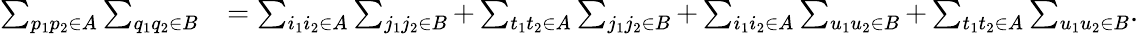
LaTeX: \begin{array}{rl}{\sum_{p_{1}p_{2}\in A}\sum_{q_{1}q_{2}\in B}}&{=\sum_{i_{1}i_{2}\in A}\sum_{j_{1}j_{2}\in B}+\sum_{t_{1}t_{2}\in A}\sum_{j_{1}j_{2}\in B}+\sum_{i_{1}i_{2}\in A}\sum_{u_{1}u_{2}\in B}+\sum_{t_{1}t_{2}\in A}\sum_{u_{1}u_{2}\in B}.}\end{array}